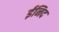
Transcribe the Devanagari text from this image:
ईनिद